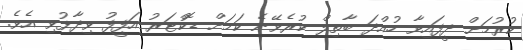
ކުރުމަށް ދީފައިވާ ހުއްދަ ބާތިލް ކުރެވޭނެ ކަމަށް ޑޮކްޓަރު އަފީފު ވިދާޅުވި އެވެ.